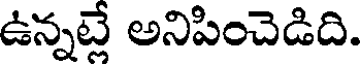
ఉన్నట్లే అనిపించెడిది.